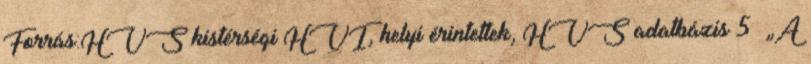
Forrás:HVS kistérségi HVI, helyi érintettek, HVS adatbázis 5 ▪„A